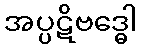
အပ္ပဋိဗဒ္ဓေါ